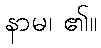
နာမ၊ ၏။